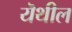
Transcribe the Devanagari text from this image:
यॆथील